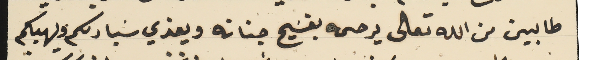
طالبين من الله تعالى يرحمه بفسَيح جناته ويعزي سَيادتكم ويهبكم